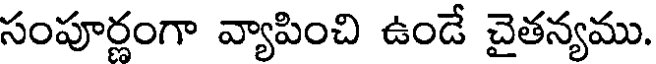
సంపూర్ణంగా వ్యాపించి ఉండే చైతన్యము.